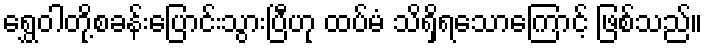
ရွှေဝါတို့စခန်းပြောင်းသွားပြီဟု ထပ်မံ သိရှိရသောကြောင့် ဖြစ်သည်။